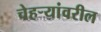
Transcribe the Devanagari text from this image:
चेहर्‍यांवरील